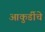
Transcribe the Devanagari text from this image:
आकुर्डीचे